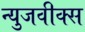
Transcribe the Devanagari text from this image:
न्युजवीक्स